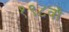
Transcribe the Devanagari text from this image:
१९८वॉ